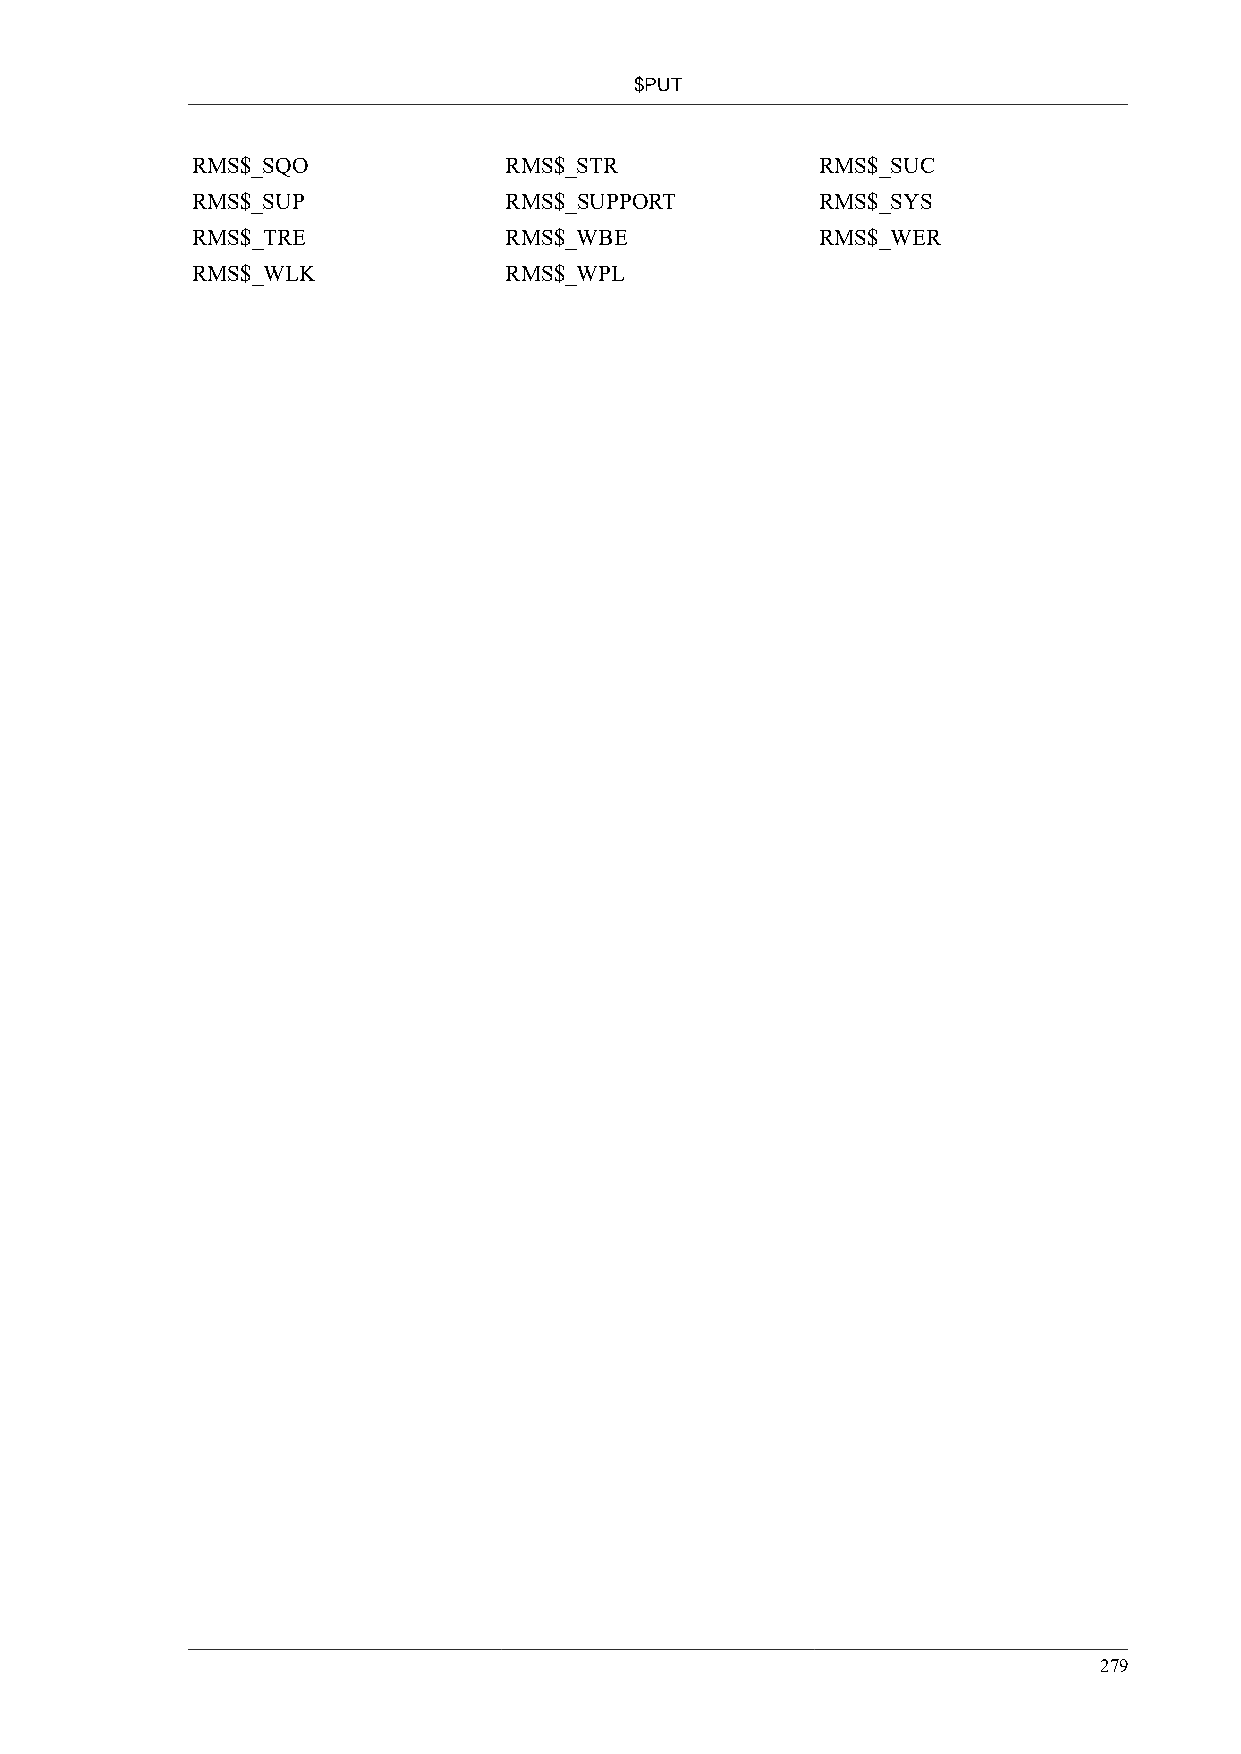
$PUT
 RMS$_SQO            RMS$_STR             RMS$_SUC
 RMS$_SUP            RMS$_SUPPORT         RMS$_SYS
 RMS$_TRE            RMS$_WBE             RMS$_WER
 RMS$_WLK            RMS$_WPL
 279